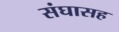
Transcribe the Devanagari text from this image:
संघासह